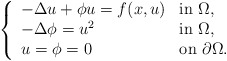
\begin{align*}\left \{ \begin{array}{ll}-\Delta u +\phi u= f(x, u) & \mbox{in $\Omega$,}\\-\Delta \phi= u^{2} & \mbox{in $\Omega$,}\\u=\phi=0 & \mbox{on $\partial\Omega$.}\end{array}\right.\end{align*}